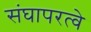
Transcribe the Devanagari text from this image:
संघापरत्वे